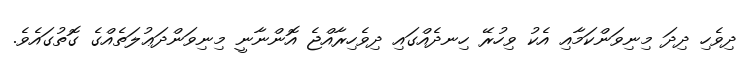
ދިވެހި ދިދަ މިނިވަންކަމާއި އެކު ވިހުރޭ ހިނދެއްގައި ދިވެހިރާއްޖެ އޮންނާނީ މިނިވަންދަޢުލަތެއްގެ ގޮތުގައެވެ.